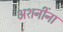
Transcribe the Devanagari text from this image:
अशनींना